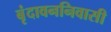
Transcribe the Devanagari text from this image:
बृंदावननिवासी